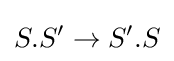
S.S^{\prime }\to S^{\prime }.S